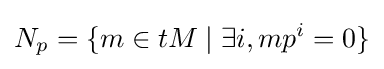
N_{p}=\{m\in tM\mid \exists i,mp^{i}=0\}